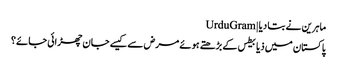
ماہرین نے بتا دیا | UrduGram
پاکستان میں ذیابیطس کے بڑھتے ہوئے مرض سے کیسے جان چھڑائی جائے؟